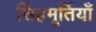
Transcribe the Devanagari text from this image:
सिंहमूर्तियाँ